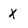
Character: x